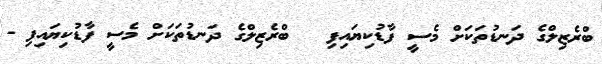
ބްރެޒިލްގެ ދަނޑުތަކަށް މެސީ ފާޑުކިޔައިފި  	ބްރެޒިލްގެ ދަނޑުތަކަށް މެސީ ފާޑުކިޔައިފި -